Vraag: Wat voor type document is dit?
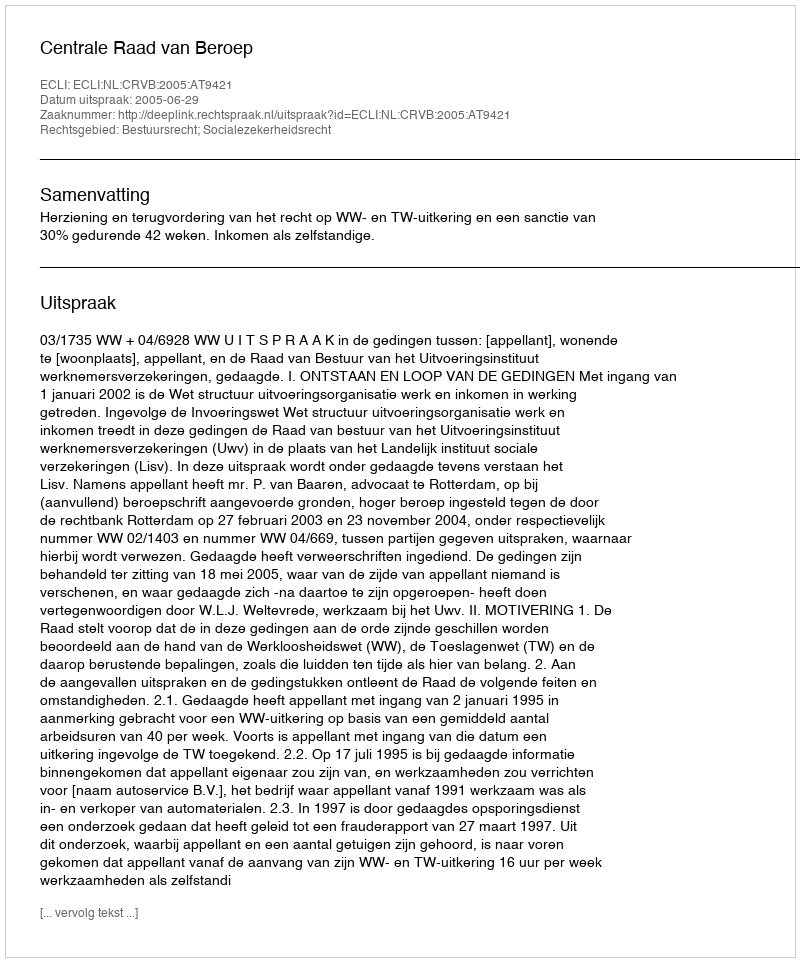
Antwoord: Uitspraak